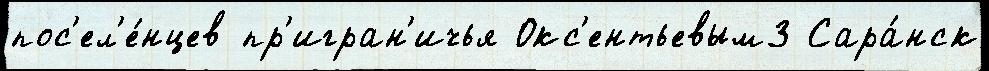
пос'ел'е́нцев пр'игран'ичья Окс'ентьевым3 Сара́нск